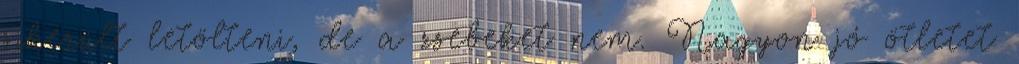
sikerült letölteni, de a zsebeket nem. Nagyon jó ötletet